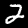
Digit: 2